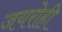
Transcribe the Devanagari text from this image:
जयरोही